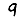
Digit: 9